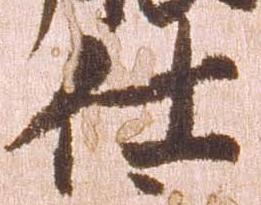
仕